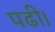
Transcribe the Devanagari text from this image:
पढी।